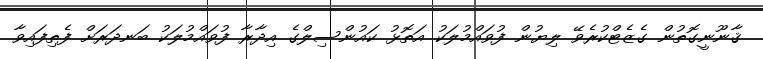
ޤާނޫނީގޮތުން ގެޒެޓްކުރެވޭ ލިޔުން ފުވައްމުލަކު އަތޮޅު ކައުންސިލްގެ އިދާރާ ފުވައްމުލަކު ބަނދަރަށް ފެތިފައިވާ